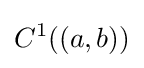
C^{1}((a,b))